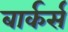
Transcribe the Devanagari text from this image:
बार्कर्स